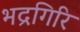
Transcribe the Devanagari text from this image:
भद्रगिरि